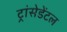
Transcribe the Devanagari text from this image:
ट्रांसेडेंटल